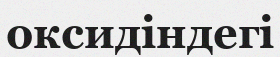
оксидіндегі